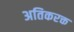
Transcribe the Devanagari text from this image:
अतिकरक्त